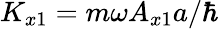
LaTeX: K_{x1}=m\omega A_{x1}a/\hbar